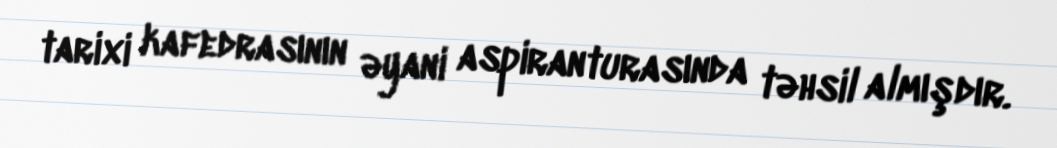
tarixi kafedrasının əyani aspiranturasında təhsil almışdır.